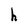
Character: h